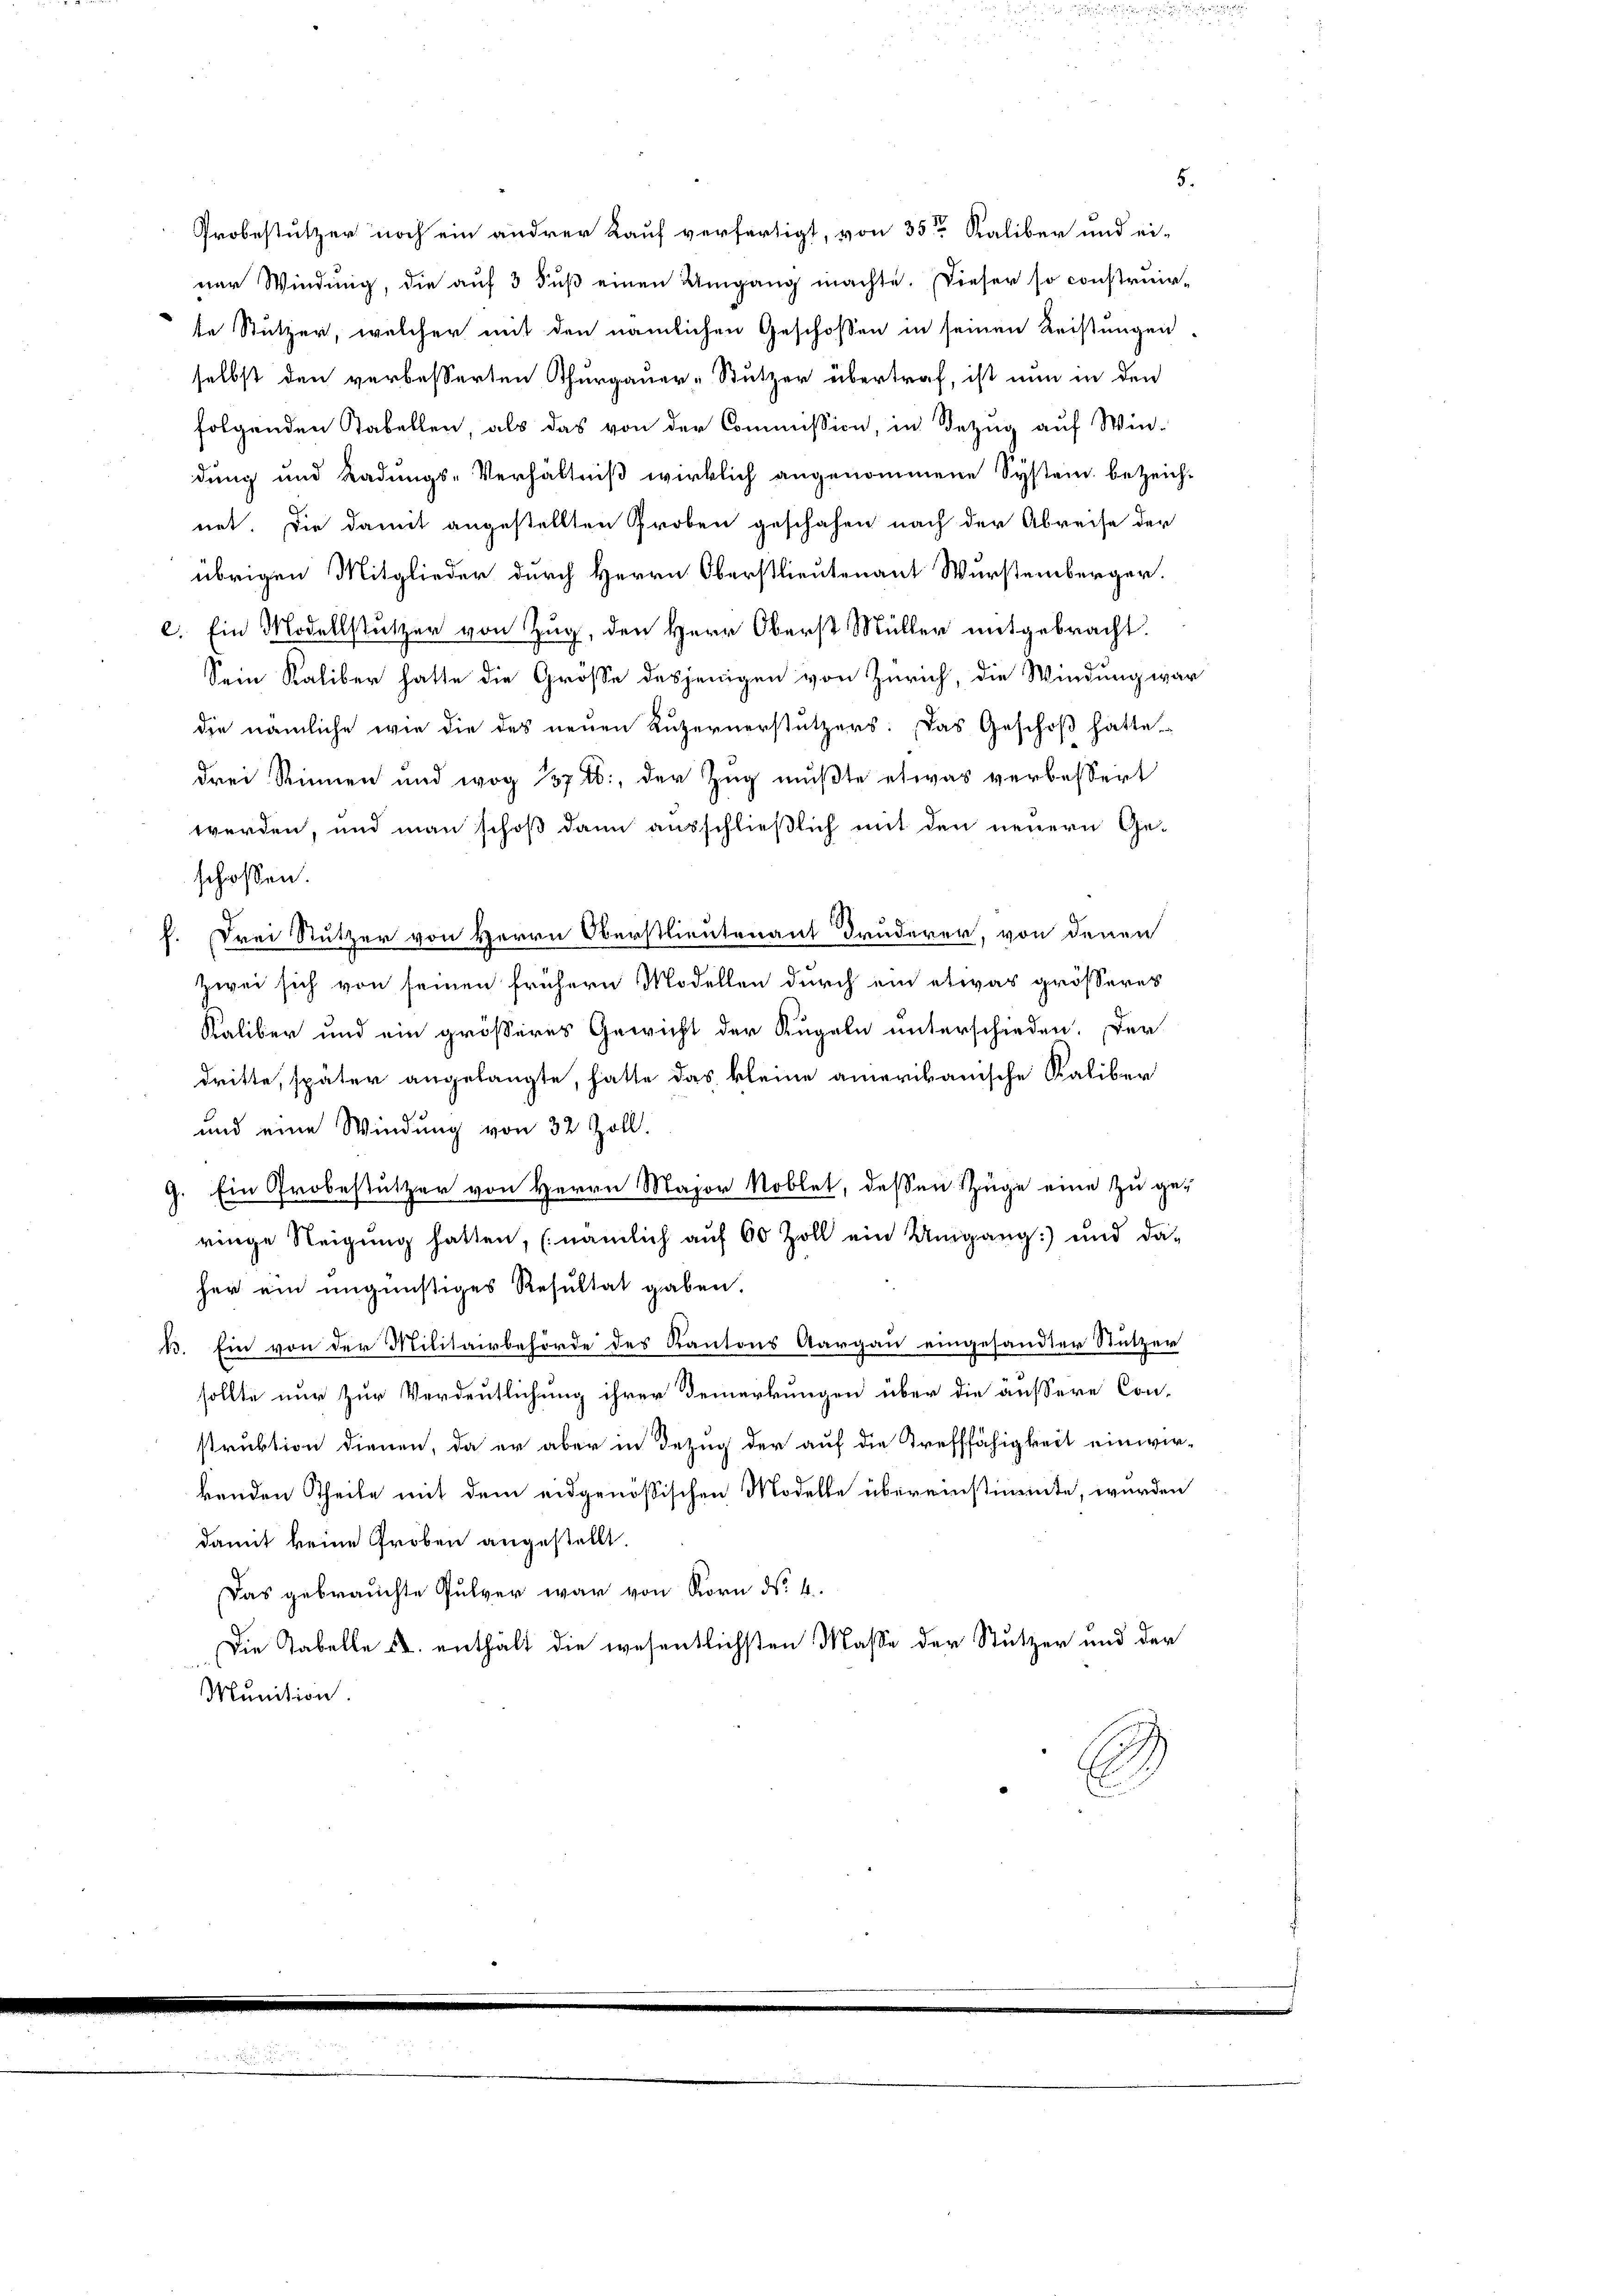
Probestützer noch ein andrer Kauf verfertigt, von 35 Kaliber und ei-
ner Windung, die auf 3 Fuß einen Umgang machte. Dieser so construir-
te Stützer, welcher mit den nämlichen Geschossen in seinen Leistungen.
selbst den verbesserten Thurgauer-Stutzer übertraf, ist nun in den
folgenden Tabellen, als das von der Commission, in Bezug auf Win-
dung und Radungs-Verhältniβ wirklich angenommene System bezeichnet. Die damit angestellten Proben geschehen nach der Abreise der
übrigen Mitglieder durch Herrn Oberstlieutenant Wurstemberger.
c. Ein Modellstutzer von Zug, den Herr Oberst Müller mitgebracht.
Sein Kaliber hatte die Grösse desjenigen von Zürich, die Windung war
die nämliche wie die des neuen Luzernerstützers: Das Geschoß hätte
drei Stimmen und wog 37 f., der Zug mußte etwas verbessert
werden, und man schoß dann ausschließlich mit den neuern Ge-
schossen:
2
drei Nutzer von Herrn Oberstlieutenant Bruderer, von denen
.
zwei sich von seinen frühern Modellen durch ein etwas grösseres
Kaliber und ein grösseres Gewicht der Kugeln unterschieden. Der
dritte, später angelangte, hatte das kleine amerikanische Kaliber
und eine Windung von 32 Zoll.
9. Ein Probestützer von Herrn Major Noblet, dessen Züge eine zu geringe Neigung hatten, (nämlich auf 60 Zoll ein Umgang und da-
her ein ungünstiges Resultat gaben.
B. Ein von der Militairbehörde des Kantons Aargau eingesandter Stutzer
sollte nur zur Verdeutlichung ihrer Bemerkungen über die äussere Con-
struktion dienen, da er aber in dezug der auf die Trefffähigkeit einwir-
benden Theile mit dem eidgenössischen Modelle übereinstimmte, wurden
damit keine Proben angestellt.
Das gebrauchte Pulver war von Korn No. 4.
Die Tabelle u. enthält die wesentlichsten Masse der Stutzer und der
Munition.
E

5.